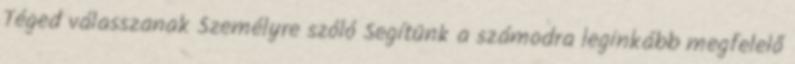
Téged válasszanak Személyre szóló Segítünk a számodra leginkább megfelelő